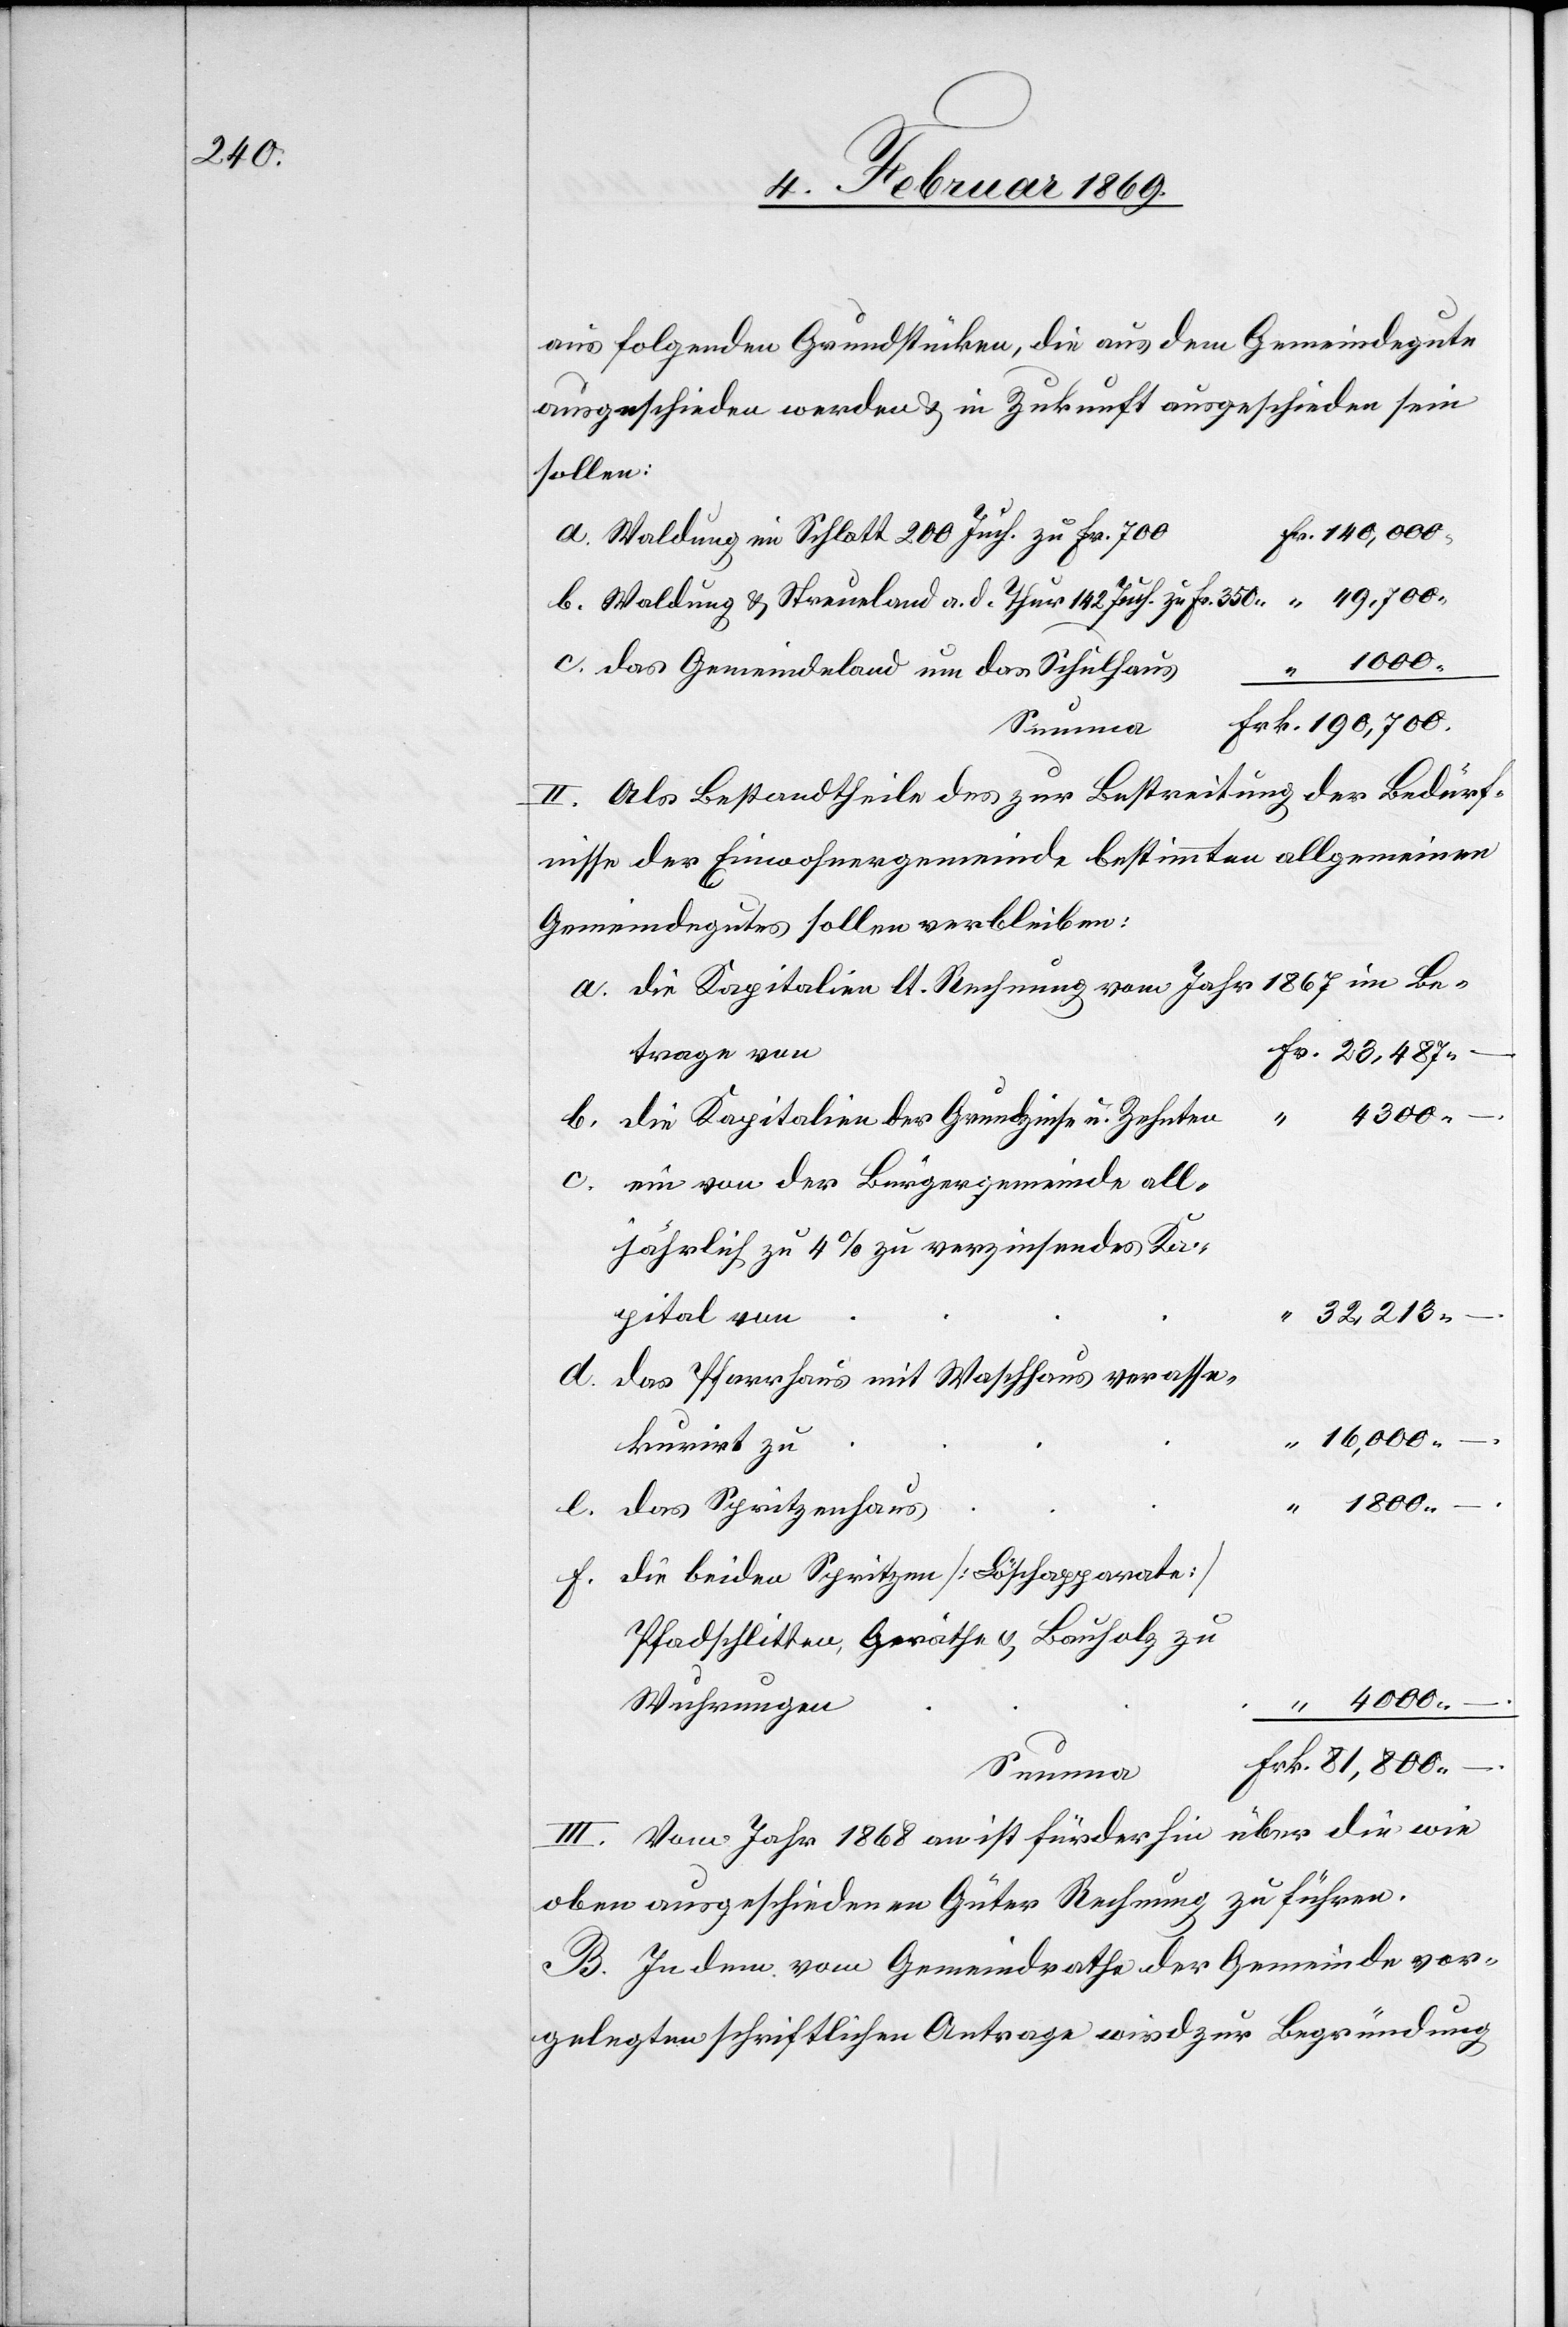
23,487.

aus folgenden Grundstücken, die aus dem Gemeindegute
ausgeschieden werden & in Zukunft ausgeschieden sein
sollen:
a. Waldung im Schlatt 200 Juch. zu Fr. 700
b. Waldung & Streueland a. d. Thur 142 Juch. zu Fr. 350.
c. das Gemeindeland um das Schulhaus
Summa
II. Als Bestandtheile des zur Bestreitung der Bedürf¬
nisse der Einwohnergemeinde bestimmten allgemeinen
Gemeindegutes sollen verbleiben:
a. die Kapitalien lt. Rechnung vom Jahr 1867 im Be¬
trage von
81,800.
b. die Kapitalien des Grundzinse & Zehnten
e.
c. ein von der Bürgergemeinde all¬
jährlich zu 4% zu verzinsendes Ka¬
32,213.
pital von
das Pfarrhaus mit Waschhaus verasse¬
16,000.
kurirt zu
das Spritzenhaus
f. die beiden Spritzen [Löschapparate]
Pfadschlitten, Geräthe & Bauholz zu
Wuhrungen
III. Vom Jahr 1868 an ist fürderhin über die wie
oben ausgeschiedenen Güter Rechnung zu führen.
B. In dem vom Gemeindrathe der Gemeinde vor¬
gelegten schriftlichen Antrage wird zur Begründung

–